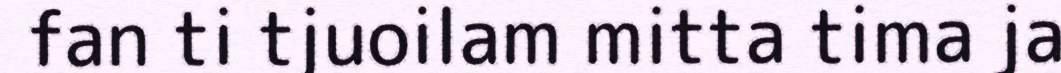
fan ti tjuoilam mitta tima ja